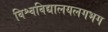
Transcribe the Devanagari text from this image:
विश्वविद्यालयलगभग